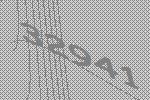
32941